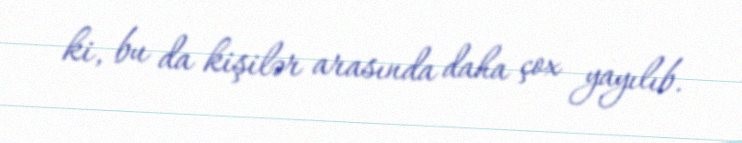
ki, bu da kişilər arasında daha çox yayılıb.